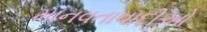
માનવતાવાદીઓ